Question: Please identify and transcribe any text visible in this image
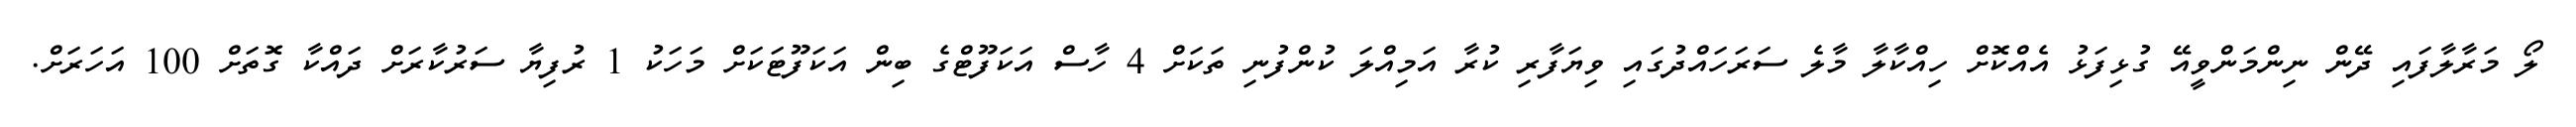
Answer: ލޯ މަރާލާފައި ދޭން ނިންމަންވީއޭ ގުޅިފަޅު އެއްކޮށް ހިއްކާލާ މާލެ ސަރަހައްދުގައި ވިޔަފާރި ކުރާ އަމިއްލަ ކުންފުނި ތަކަށް 4 ހާސް އަކަފޫޓްގެ ބިން އަކަފޫޓަކަށް މަހަކު 1 ރުފިޔާ ސަރުކާރަށް ދައްކާ ގޮތަށް 100 އަހަރަށް.